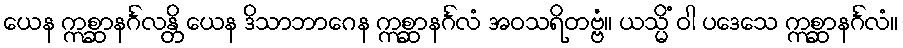
ယေန ဣစ္ဆာနင်္ဂလန္တိ ယေန ဒိသာဘာဂေန ဣစ္ဆာနင်္ဂလံ အဝသရိတဗ္ဗံ။ ယသ္မိံ ဝါ ပဒေသေ ဣစ္ဆာနင်္ဂလံ။